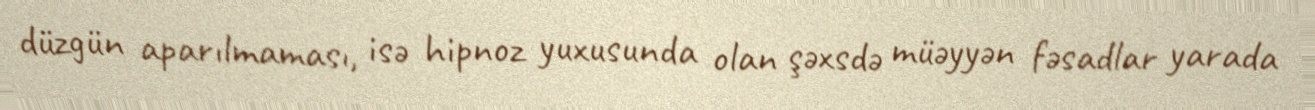
düzgün aparılmaması, isə hipnoz yuxusunda olan şəxsdə müəyyən fəsadlar yarada